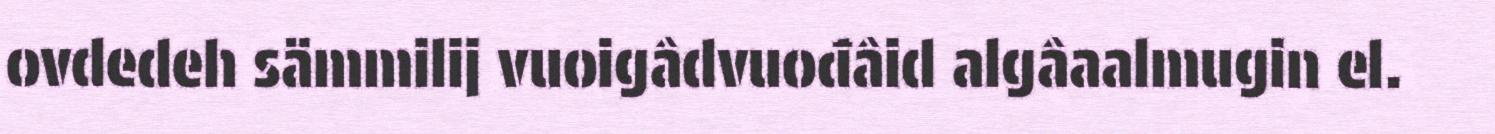
ovdedeh sämmilij vuoigâdvuođâid algâaalmugin el.